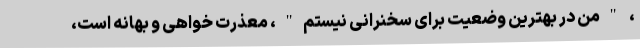
، "من در بهترین وضعیت برای سخنرانی نیستم"، معذرت خواهی و بهانه است،